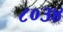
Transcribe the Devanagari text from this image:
८०३४